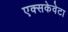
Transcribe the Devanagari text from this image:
एक्सकेवेटा